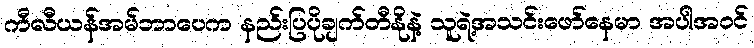
ကီလီယန်အမ်ဘာပေက နည်းပြပိုချက်တီနိုနဲ့ သူရဲ့အသင်းဖော်နေမာ အပါအဝင်